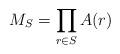
LaTeX: \begin{align*}M_S=\prod_{r\in S}A(r)\end{align*}